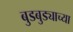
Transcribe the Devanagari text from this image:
बुडबुड्याच्या